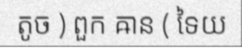
តូច ) ពួក ឝាន ( ទៃយ